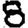
Digit: 8